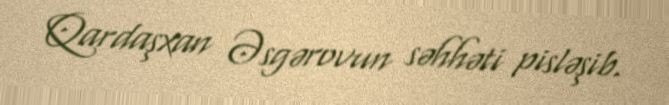
Qardaşxan Əsgərovun səhhəti pisləşib.